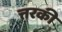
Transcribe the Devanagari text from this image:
त्तरकी